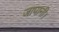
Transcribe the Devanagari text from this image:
जापानी।